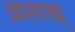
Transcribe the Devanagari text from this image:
क़लाख्‌